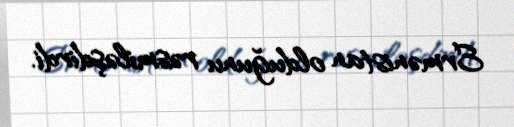
Ermənistan olduğunu rəsmiləşdirdi.